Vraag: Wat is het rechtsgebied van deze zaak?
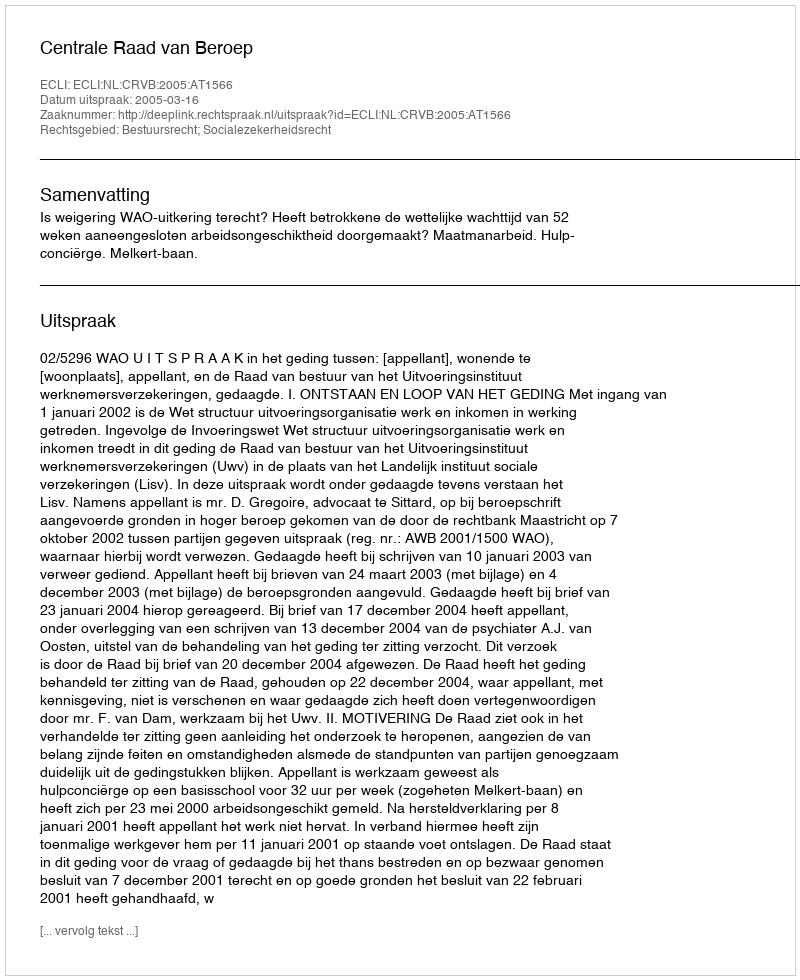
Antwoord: Bestuursrecht; Socialezekerheidsrecht